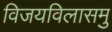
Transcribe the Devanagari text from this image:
विजयविलासमु